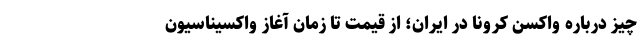
چیز درباره واکسن‌ کرونا در ایران؛ از قیمت تا زمان آغاز واکسیناسیون